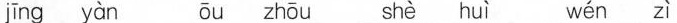
jīng yàn ōu zhōu shè huì wén zì